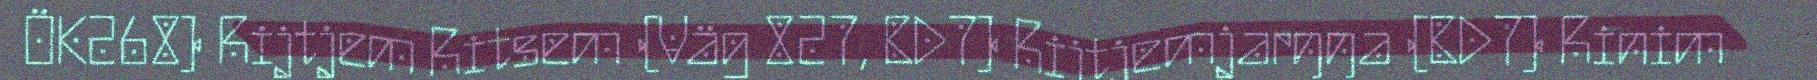
ÖK268) Rijtjem Ritsem (Väg 827, BD7) Rijtjemjarŋŋa (BD7) Rinim